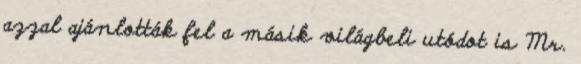
azzal ajánlották fel a másik világbeli utódot is Mr.